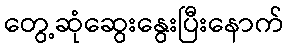
တွေ့ဆုံဆွေးနွေးပြီးနောက်